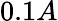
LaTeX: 0.1A